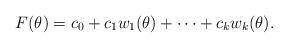
LaTeX: \begin{align*}F(\theta) = c_0 + c_1 w_1(\theta) +\cdots + c_k w_k(\theta).\end{align*}